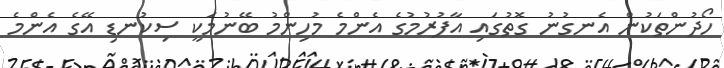
ހޯދުންތަކުން އެނގުނު ގޮތުގައި އާފުރުމުގެ އެންމެ މުހިންމު ބޭނުމަކީ ސިކުނޑި އޭގެ އެންމެ